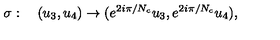
\sigma : \quad ( u _ { 3 } , u _ { 4 } ) \to ( e ^ { 2 i \pi / N _ { c } } u _ { 3 } , e ^ { 2 i \pi / N _ { c } } u _ { 4 } ) ,